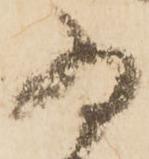
為